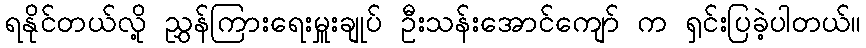
ရနိုင်တယ်လို့ ညွှန်ကြားရေးမှူးချုပ် ဦးသန်းအောင်ကျော် က ရှင်းပြခဲ့ပါတယ်။